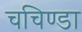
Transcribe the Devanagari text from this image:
चचिण्डा